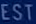
EST